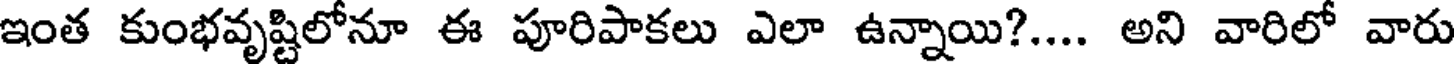
ఇంత కుంభవృష్టిలోనూ ఈ పూరిపాకలు ఎలా ఉన్నాయి?.... అని వారిలో వారు